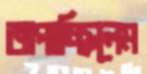
জপাচ্ছিলেম